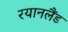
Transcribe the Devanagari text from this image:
रयानलैंड